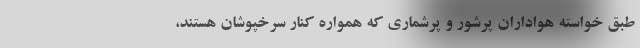
طبق خواسته هواداران پرشور و پرشماری که همواره کنار سرخپوشان هستند،